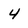
Character: 4